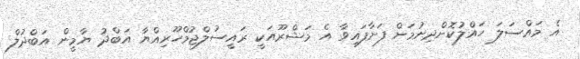
އެ މައްސަލަ ހައްލުކޮށްދިނުމަށް ފަށާފައިވާ އެ މަޝްރޫއަކީ ރައީސުލްޖުމްހޫރިއްޔާ އަބްދު ޔާމީން އަބްދުލް